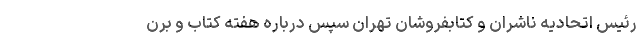
رئیس اتحادیه ناشران و کتابفروشان تهران سپس درباره هفته کتاب و برن